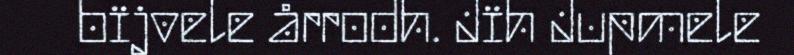
bïjvele årrodh. Jïh Jupmele